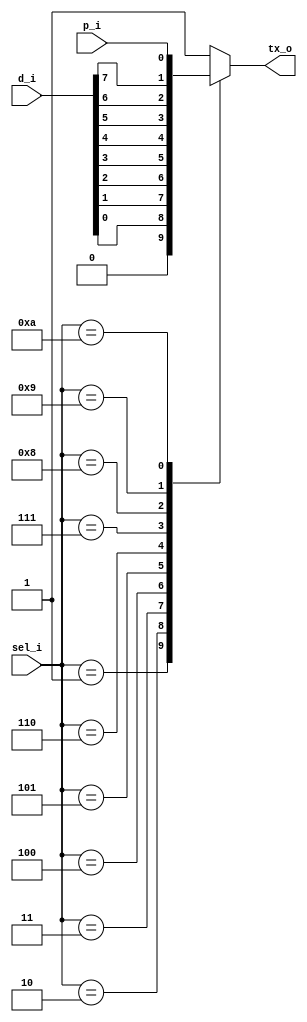
// Name: mux_tx.v
//
// Description: Multipexor en el cual se escoge el dato a transmitir

module mux_tx(
  input [7:0] d_i,      // Datos a transmitir
  input       p_i,      // Bit de paridad
  input [3:0] sel_i,    // Selector de dato
  output reg  tx_o      // Transmision
);

  always @(d_i, p_i, sel_i) begin
    case (sel_i)
      4'b0000 : tx_o = 1'b1;    // Stop bit
      4'b0001 : tx_o = 1'b0;    // Start bit
      4'b0010 : tx_o = d_i[0];  // LSB de d_i 
      4'b0011 : tx_o = d_i[1];
      4'b0100 : tx_o = d_i[2];
      4'b0101 : tx_o = d_i[3];
      4'b0110 : tx_o = d_i[4];
      4'b0111 : tx_o = d_i[5];
      4'b1000 : tx_o = d_i[6];
      4'b1001 : tx_o = d_i[7];  // MSB de d_i
      4'b1010 : tx_o = p_i;     // Bit de paridad
      default : tx_o = 1'b1;    // Stop bit
    endcase
  end

endmodule